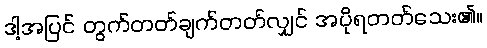
ဒါ့အပြင် တွက်တတ်ချက်တတ်လျှင် အပိုရတတ်သေး၏။